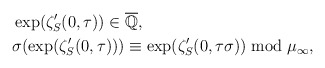
\begin{align*} &\exp(\zeta_S'(0,\tau))\in \overline{\mathbb Q}, \\&\sigma(\exp(\zeta_S'(0,\tau)))\equiv \exp(\zeta_S'(0,\tau\sigma)) \bmod \mu_\infty,\end{align*}